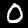
Digit: 0